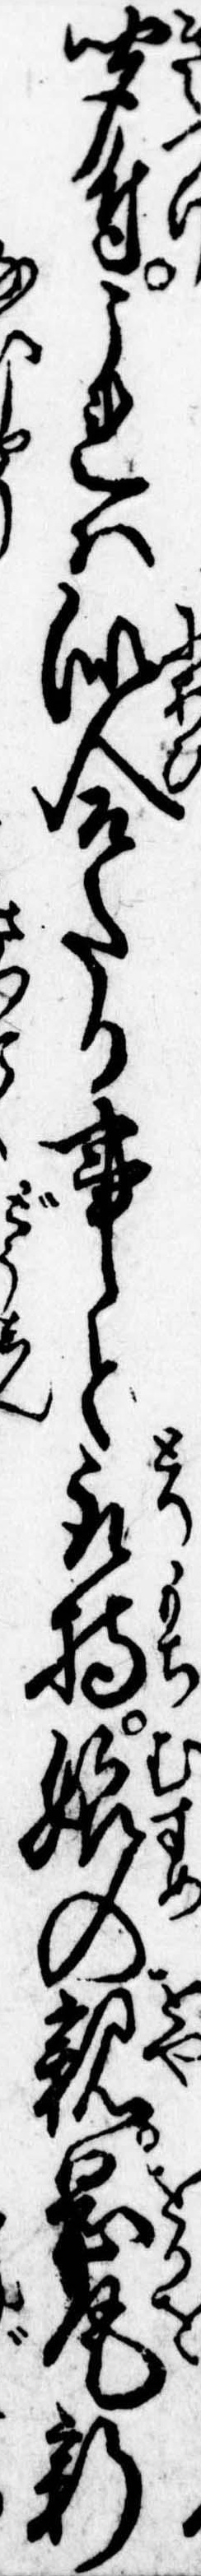
聞付これは似合たる事と取持娘の親岡尾新